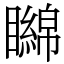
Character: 矊